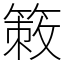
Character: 𥰡